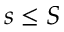
s \leq S